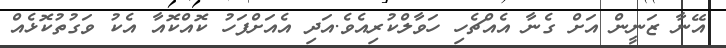
އޭނާ ޒަނީން އަށް ގެނާ އެއްޗެހި ހަވާލްކުރިއެވެ.އަދި އެއަށްފަހު ކޮއްކޮއާ އެކު ވަގުތުކޮޅެއް